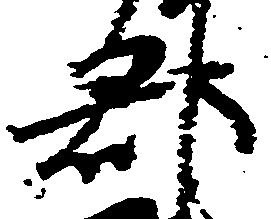
郡